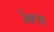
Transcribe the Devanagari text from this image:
व्रेक्स